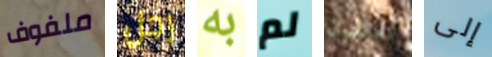
ملفوف رجل به لم تعلمون إلى